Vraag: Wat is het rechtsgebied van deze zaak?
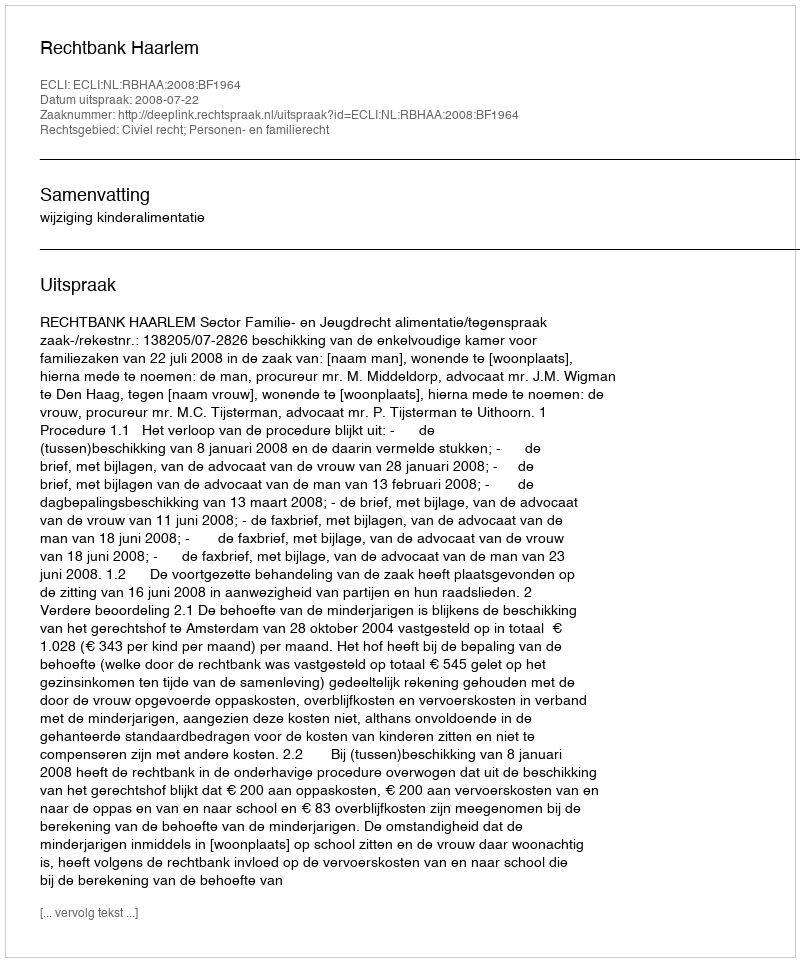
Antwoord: Civiel recht; Personen- en familierecht